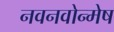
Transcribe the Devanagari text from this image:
नवनवोन्मेष